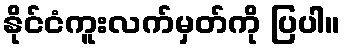
နိုင်ငံကူးလက်မှတ်ကို ပြပါ။